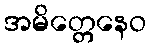
အမိတ္တေနေဝ